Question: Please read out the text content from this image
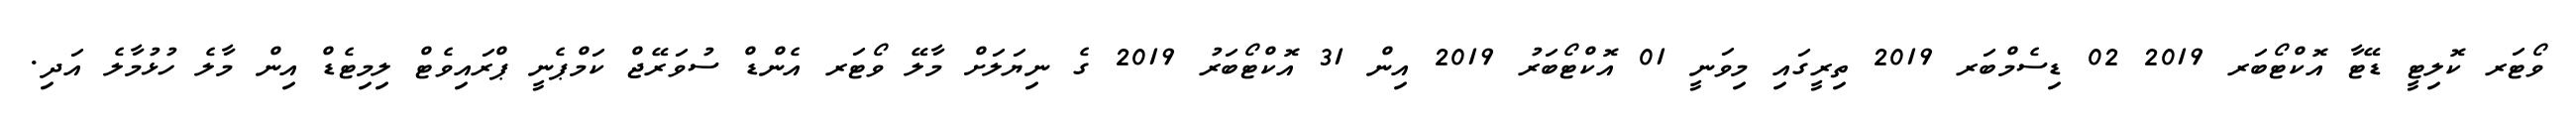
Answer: ވޯޓަރ ކޮލިޓީ ޑޭޓާ އޮކްޓޯބަރ 2019 02 ޑިސެމްބަރ 2019 ތިރީގައި މިވަނީ 01 އޮކްޓޯބަރު 2019 އިން 31 އޮކްޓޯބަރު 2019 ގެ ނިޔަލަށް މާލޭ ވޯޓަރ އެންޑް ސުވަރޭޖް ކަމްޕެނީ ޕްރައިވެޓް ލިމިޓެޑް އިން މާލެ ހުޅުމާލެ އަދި.